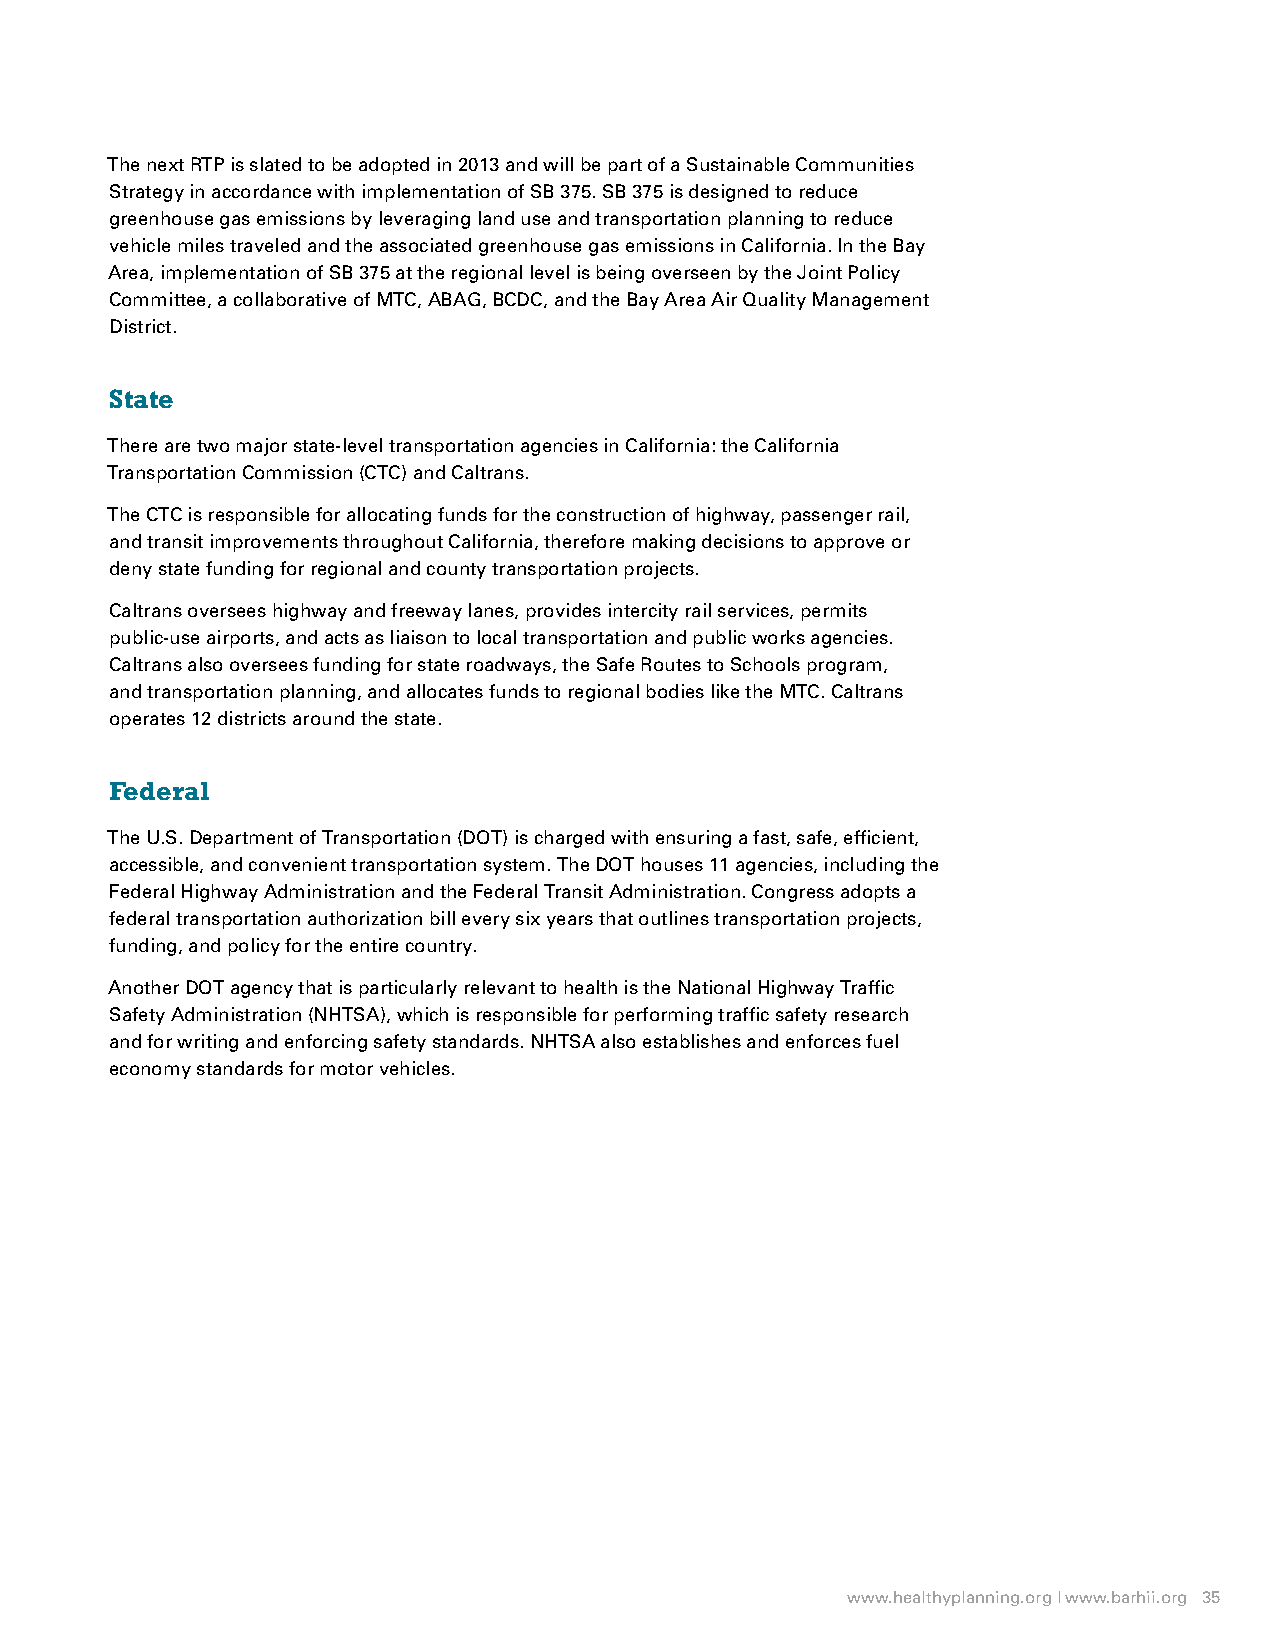
The next RTP is slated to be adopted in 2013 and will be part of a Sustainable Communities
 Strategy in accordance with implementation of SB 375. SB 375 is designed to reduce
 greenhouse gas emissions by leveraging land use and transportation planning to reduce
 vehicle miles traveled and the associated greenhouse gas emissions in California. In the Bay
 Area, implementation of SB 375 at the regional level is being overseen by the Joint Policy
 Committee, a collaborative of MTC, ABAG, BCDC, and the Bay Area Air Quality Management
 District.
 State
 There are two major state-level transportation agencies in California: the California
 Transportation Commission (CTC) and Caltrans.
 The CTC is responsible for allocating funds for the construction of highway, passenger rail,
 and transit improvements throughout California, therefore making decisions to approve or
 deny state funding for regional and county transportation projects.
 Caltrans oversees highway and freeway lanes, provides intercity rail services, permits
 public-use airports, and acts as liaison to local transportation and public works agencies.
 Caltrans also oversees funding for state roadways, the Safe Routes to Schools program,
 and transportation planning, and allocates funds to regional bodies like the MTC. Caltrans
 operates 12 districts around the state.
 Federal
 The U.S. Department of Transportation (DOT) is charged with ensuring a fast, safe, efficient,
 accessible, and convenient transportation system. The DOT houses 11 agencies, including the
 Federal Highway Administration and the Federal Transit Administration. Congress adopts a
 federal transportation authorization bill every six years that outlines transportation projects,
 funding, and policy for the entire country.
 Another DOT agency that is particularly relevant to health is the National Highway Traffic
 Safety Administration (NHTSA), which is responsible for performing traffic safety research
 and for writing and enforcing safety standards. NHTSA also establishes and enforces fuel
 economy standards for motor vehicles.
 www.healthyplanning.org | www.barhii.org 35